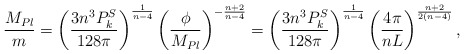
\begin{align*}{M_{Pl}\over m}=\left({3n^3P^S_k\over 128\pi}\right)^{{1\over n-4}}\left({\phi\over M_{Pl}}\right)^{-{n+2\over n-4}}=\left({3n^3P^S_k\over 128\pi}\right)^{{1\over n-4}}\left({4\pi\over nL}\right)^{{n+2\over 2(n-4)}},\end{align*}